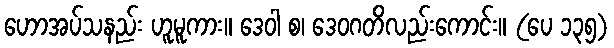
ဟောအပ်သနည်း ဟူမူကား။ ဒေဝါ စ၊ ဒေဝဂတိလည်းကောင်း။ (ပေ ၁၃၅)